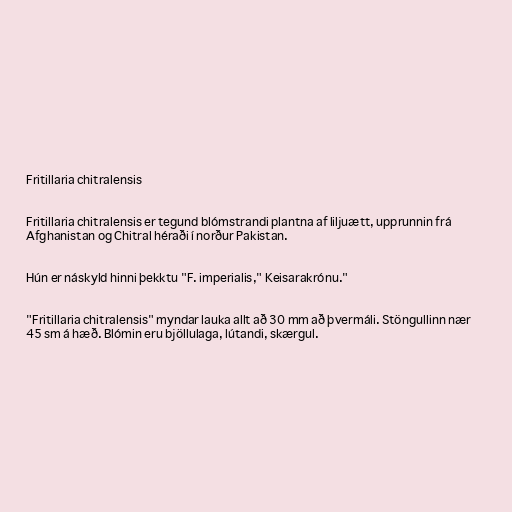
Fritillaria chitralensis

Fritillaria chitralensis er tegund blómstrandi plantna af liljuætt, upprunnin frá
Afghanistan og Chitral héraði í norður Pakistan.

Hún er náskyld hinni þekktu "F. imperialis," Keisarakrónu."

"Fritillaria chitralensis" myndar lauka allt að 30 mm að þvermáli. Stöngullinn nær
45 sm á hæð. Blómin eru bjöllulaga, lútandi, skærgul.